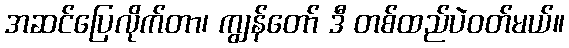
အဆင်ပြေလိုက်တာ၊ ကျွန်တော် ဒီ တစ်ထည်ပဲဝတ်မယ်။